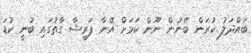
ބައްދަލު ކުރަން ބޭނުން ނޫން ކަމަށް އޭނާ ފަރީޝާ ގާތުގައި ބުނީ ކުޑަ